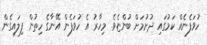
ހުވަފެނެއް ކަމުގައި ދުށުމަށް ބުންޏެވެ. މިހާރު އެ ހުވަފެން އޭނާގެ ހިތުން ފިލައިގެން